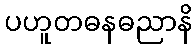
ပဟူတဓနဓညာနိ